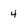
Character: 4